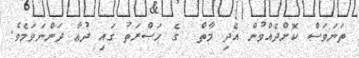
ތަނަވަސް ކޮށްދެއްވުން އެދި މާތް  ގެ ޙަޞްރަތު ގައި ދުޢާ ދަންނަވަމެވެ.